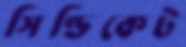
সিণ্ডিকেট